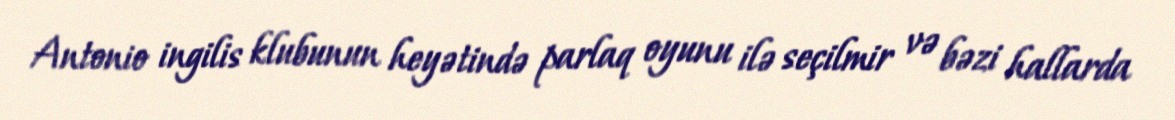
Antonio ingilis klubunun heyətində parlaq oyunu ilə seçilmir və bəzi hallarda